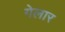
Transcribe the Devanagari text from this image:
गेलार